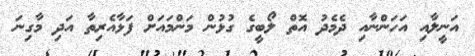
އަނީލާއި އަހަންނާއި ދެމެދު އޮތް ލޯބީގެ ގުޅުން މަންމައަށް ފަޅާއެރިތާ އަދި މާގިނަ